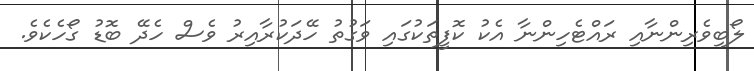
ލޯބިވެރިންނާއި ރައްޓެހިންނާ އެކު ކޮފީތަކުގައި ވަގުތު ހޭދަކުރާއިރު ވެސް ހެދޭ ބޮޑު ގޯހެކެވެ.